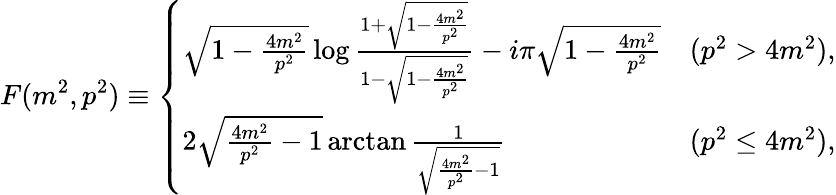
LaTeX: F(m^{2},p^{2})\equiv\left\{ \begin{array}{lc}{{\sqrt{1-\frac{4m^{2}}{p^{2}}}\log\frac{1+\sqrt{1-\frac{4m^{2}}{p^{2}}}}{1-\sqrt{1-\frac{4m^{2}}{p^{2}}}}-i\pi\sqrt{1-\frac{4m^{2}}{p^{2}}}}}&{{(p^{2}>4m^{2}),}}\\ {{2\sqrt{\frac{4m^{2}}{p^{2}}-1}\arctan\frac{1}{\sqrt{\frac{4m^{2}}{p^{2}}-1}}}}&{{(p^{2}\leq 4m^{2}),}}\end{array}\right.